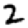
Digit: 2